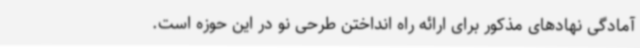
آمادگی نهادهای مذکور برای ارائه راه انداختن طرحی نو در این حوزه است.